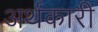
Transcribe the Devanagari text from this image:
अर्थकारी